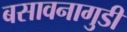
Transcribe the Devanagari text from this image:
बसावनागुडी